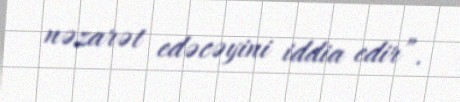
nəzarət edəcəyini iddia edir”.